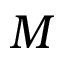
M